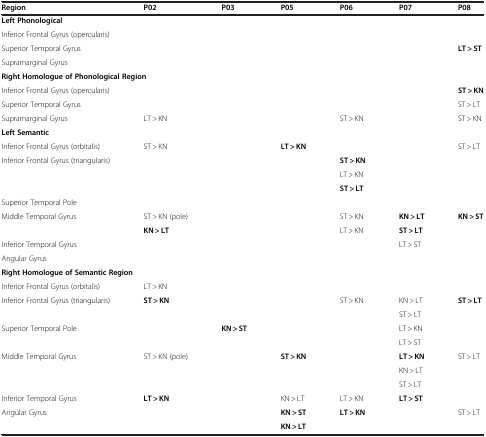
<table><thead><tr><td><b>Region</b></td><td><b>P02</b></td><td><b>P03</b></td><td><b>P05</b></td><td><b>P06</b></td><td><b>P07</b></td><td><b>P08</b></td></tr></thead><tbody><tr><td colspan="7"><b>Left Phonological</b></td></tr><tr><td colspan="7">Inferior Frontal Gyrus (opercularis)</td></tr><tr><td>Superior Temporal Gyrus</td><td> </td><td> </td><td> </td><td> </td><td> </td><td><b>LT &gt; ST</b></td></tr><tr><td>Supramarginal Gyrus</td><td> </td><td> </td><td> </td><td> </td><td> </td><td> </td></tr><tr><td colspan="7"><b>Right Homologue of Phonological Region</b></td></tr><tr><td>Inferior Frontal Gyrus (opercularis)</td><td> </td><td> </td><td> </td><td> </td><td> </td><td><b>ST &gt; KN</b></td></tr><tr><td>Superior Temporal Gyrus</td><td colspan="5"> </td><td>ST &gt; LT</td></tr><tr><td>Supramarginal Gyrus</td><td>LT &gt; KN</td><td> </td><td> </td><td>ST &gt; KN</td><td> </td><td>ST &gt; KN</td></tr><tr><td colspan="7"><b>Left Semantic</b></td></tr><tr><td>Inferior Frontal Gyrus (orbitalis)</td><td>ST &gt; KN</td><td> </td><td><b>LT &gt; KN</b></td><td> </td><td> </td><td>ST &gt; LT</td></tr><tr><td rowspan="3">Inferior Frontal Gyrus (triangularis)</td><td> </td><td> </td><td> </td><td><b>ST &gt; KN</b></td><td> </td><td> </td></tr><tr><td> </td><td> </td><td> </td><td>LT &gt; KN</td><td> </td><td> </td></tr><tr><td> </td><td> </td><td> </td><td><b>ST &gt; LT</b></td><td> </td><td> </td></tr><tr><td colspan="7">Superior Temporal Pole</td></tr><tr><td rowspan="2">Middle Temporal Gyrus</td><td>ST &gt; KN (pole)</td><td> </td><td> </td><td>ST &gt; KN</td><td><b>KN &gt; LT</b></td><td><b>KN &gt; ST</b></td></tr><tr><td><b>KN &gt; LT</b></td><td> </td><td> </td><td>LT &gt; KN</td><td><b>ST &gt; LT</b></td><td> </td></tr><tr><td>Inferior Temporal Gyrus</td><td> </td><td> </td><td> </td><td> </td><td>LT &gt; ST</td><td> </td></tr><tr><td colspan="7">Angular Gyrus</td></tr><tr><td colspan="7"><b>Right Homologue of Semantic Region</b></td></tr><tr><td>Inferior Frontal Gyrus (orbitalis)</td><td>LT &gt; KN</td><td> </td><td> </td><td> </td><td> </td><td> </td></tr><tr><td rowspan="2">Inferior Frontal Gyrus (triangularis)</td><td><b>ST &gt; KN</b></td><td> </td><td> </td><td>ST &gt; KN</td><td>KN &gt; LT</td><td><b>ST &gt; LT</b></td></tr><tr><td> </td><td> </td><td> </td><td> </td><td>ST &gt; LT</td><td> </td></tr><tr><td rowspan="2">Superior Temporal Pole</td><td> </td><td><b>KN &gt; ST</b></td><td> </td><td> </td><td>LT &gt; KN</td><td> </td></tr><tr><td> </td><td> </td><td> </td><td> </td><td>LT &gt; ST</td><td> </td></tr><tr><td rowspan="3">Middle Temporal Gyrus</td><td rowspan="3">ST &gt; KN (pole)</td><td> </td><td><b>ST &gt; KN</b></td><td> </td><td><b>LT &gt; KN</b></td><td>ST &gt; LT</td></tr><tr><td> </td><td> </td><td> </td><td>KN &gt; LT</td><td> </td></tr><tr><td> </td><td> </td><td> </td><td>ST &gt; LT</td><td> </td></tr><tr><td>Inferior Temporal Gyrus</td><td><b>LT &gt; KN</b></td><td> </td><td>KN &gt; LT</td><td>LT &gt; KN</td><td><b>LT &gt; ST</b></td><td> </td></tr><tr><td>Angular Gyrus</td><td> </td><td> </td><td><b>KN &gt; ST</b></td><td><b>LT &gt; KN</b></td><td> </td><td>ST &gt; LT</td></tr><tr><td> </td><td> </td><td> </td><td><b>KN &gt; LT</b></td><td> </td><td> </td><td> </td></tr></tbody></table>